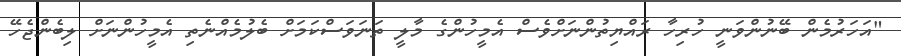
"އަހަރުމެން ބޭނުންވަނީ ހުރިހާ ރައްޔިތުންނަށްވެސް އެމީހުންގެ މާލީ ތަނަވަސްކަމަށް ބެލުމެއްނެތި އެމީހުންނަށް ލިބެންޖެހޭ